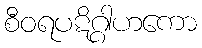
စီဝရပဋိဂ္ဂါဟကော